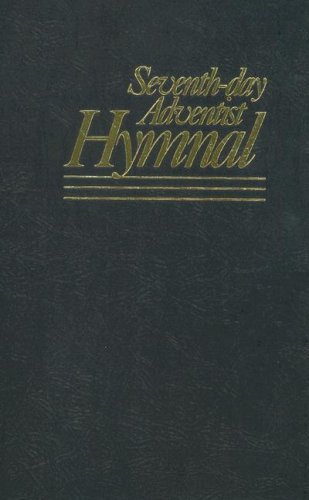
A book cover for The Seventh-Day Adventist Hymnal; Christian Books & Bibles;